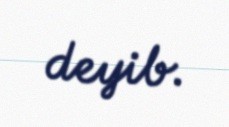
deyib.